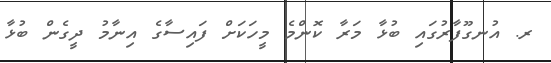
ރ. އުނގޫފާރުގައި ބުޅާ މަރާ ކޮންމެ މީހަކަށް ފައިސާގެ އިނާމު ދީގެން ބުޅާ